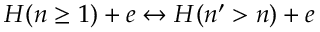
H ( n \geq 1 ) + e \leftrightarrow H ( n ^ { \prime } > n ) + e